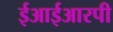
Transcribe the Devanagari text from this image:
ईआईआरपी